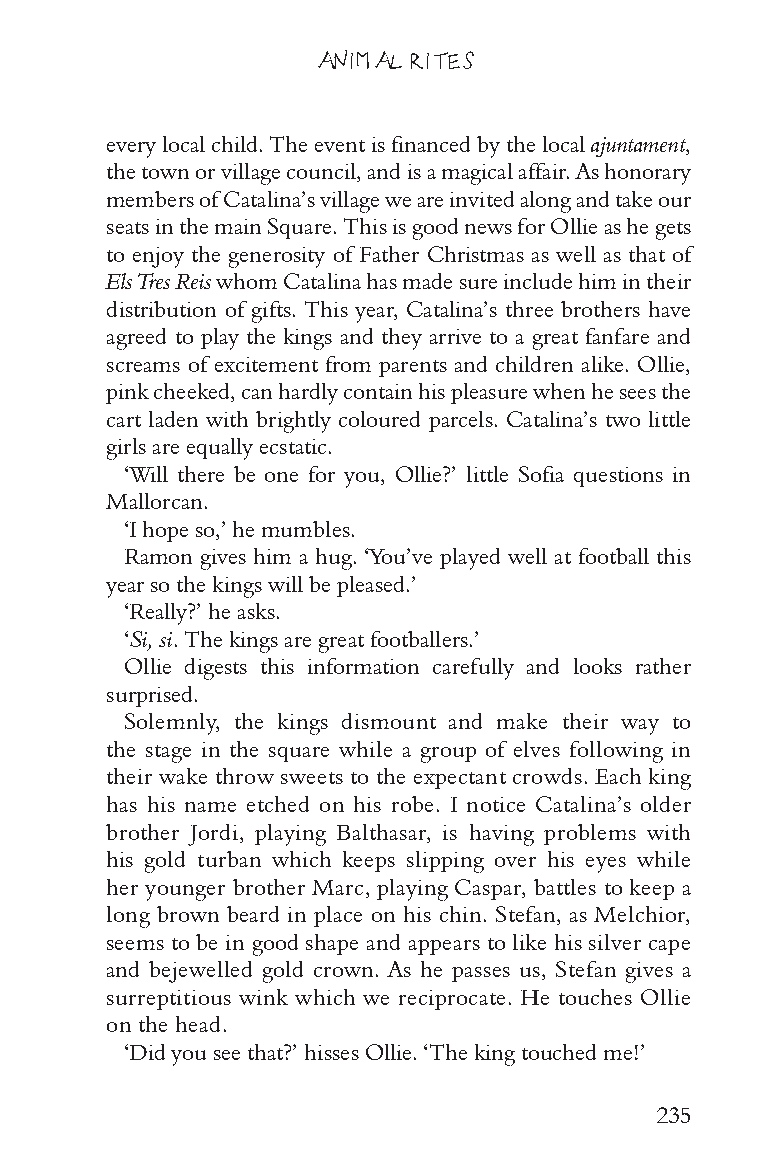
ANIMAL RITES
 every local child. The event is financed by the local ajuntament,
 the town or village council, and is a magical affair. As honorary
 members of Catalina’s village we are invited along and take our
 seats in the main Square. This is good news for Ollie as he gets
 to enjoy the generosity of Father Christmas as well as that of
 Els Tres Reis whom Catalina has made sure include him in their
 distribution of gifts. This year, Catalina’s three brothers have
 agreed to play the kings and they arrive to a great fanfare and
 screams of excitement from parents and children alike. Ollie,
 pink cheeked, can hardly contain his pleasure when he sees the
 cart laden with brightly coloured parcels. Catalina’s two little
 girls are equally ecstatic.
 ‘Will there be one for you, Ollie?’ little Sofia questions in
 Mallorcan.
 ‘I hope so,’ he mumbles.
 Ramon gives him a hug. ‘You’ve played well at football this
 year so the kings will be pleased.’
 ‘Really?’ he asks.
 ‘Si, si. The kings are great footballers.’
 Ollie digests this information carefully and looks rather
 surprised.
 Solemnly, the kings dismount and make their way to
 the stage in the square while a group of elves following in
 their wake throw sweets to the expectant crowds. Each king
 has his name etched on his robe. I notice Catalina’s older
 brother Jordi, playing Balthasar, is having problems with
 his gold turban which keeps slipping over his eyes while
 her younger brother Marc, playing Caspar, battles to keep a
 long brown beard in place on his chin. Stefan, as Melchior,
 seems to be in good shape and appears to like his silver cape
 and bejewelled gold crown. As he passes us, Stefan gives a
 surreptitious wink which we reciprocate. He touches Ollie
 on the head.
 ‘Did you see that?’ hisses Ollie. ‘The king touched me!’
 235